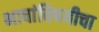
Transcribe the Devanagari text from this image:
भाषांविषयीचा